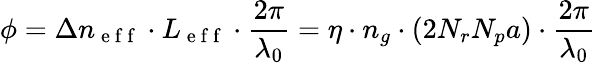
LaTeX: \phi=\Delta n_{\mathrm{~e~f~f~}}\cdot L_{\mathrm{~e~f~f~}}\cdot\frac{2\pi}{\lambda_{0}}=\eta\cdot n_{g}\cdot(2N_{r}N_{p}a)\cdot\frac{2\pi}{\lambda_{0}}